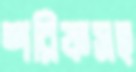
শরিফসহ